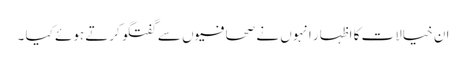
ان خیالات کا اظہار انہوں نے صحافیوں سے گفتگو کرتے ہوئے کیا ۔